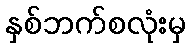
နှစ်ဘက်စလုံးမှ